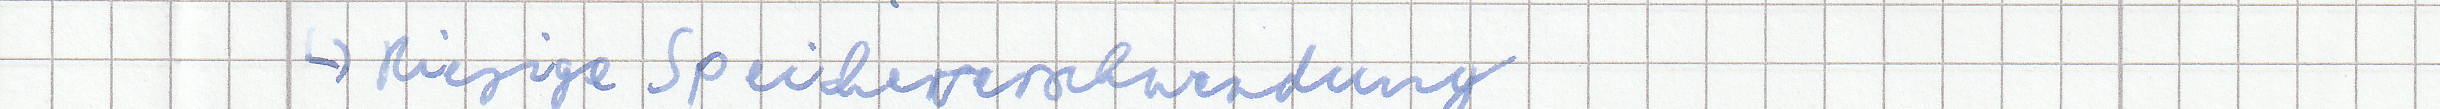
-> Riesige Speicherverschwendung